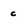
Character: c